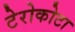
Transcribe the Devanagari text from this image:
टेरोकोटा